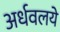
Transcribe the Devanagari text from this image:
अर्धवलये